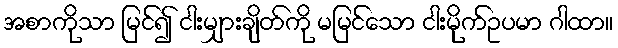
အစာကိုသာ မြင်၍ ငါးမျှားချိတ်ကို မမြင်သော ငါးမိုက်ဥပမာ ဂါထာ။